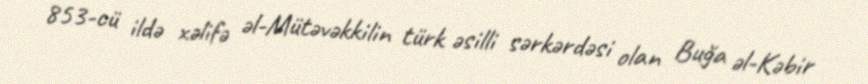
853-cü ildə xəlifə əl-Mütəvəkkilin türk əsilli sərkərdəsi olan Buğa əl-Kəbir